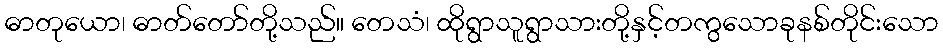
ဓာတုယော၊ ဓာတ်တော်တို့သည်။ တေသံ၊ ထိုရွာသူရွာသားတို့နှင့်တကွသောခုနစ်တိုင်းသော